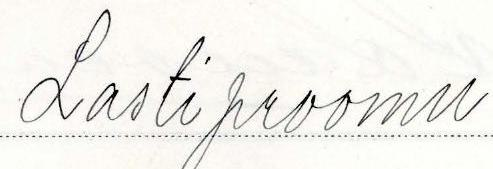
Lastiproomu